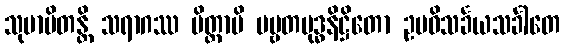
သုမာပိတန္တိ သရာဂဿ မိတ္တာပိ ပဗ္ဗတမုဒ္ဓနိဋ္ဌိတော ဥပဓိသင်္ခယသင်္ခါတေ